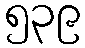
၅၃၉